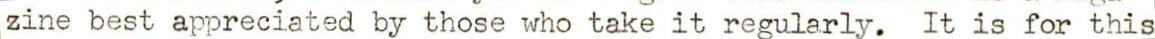
zine best appreciated by those who take it regularly. It is for this